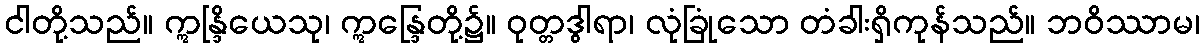
ငါတို့သည်။ ဣန္ဒြိယေသု၊ ဣန္ဒြေတို့၌။ ဝုတ္တဒွါရာ၊ လုံခြုံသော တံခါးရှိကုန်သည်။ ဘဝိဿာမ၊